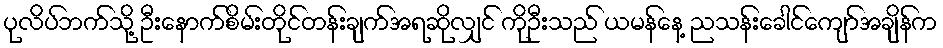
ပုလိပ်ဘက်သို့ ဦးနောက်စိမ်းတိုင်တန်းချက်အရဆိုလျှင် ကိုဦးသည် ယမန်နေ့ ညသန်းခေါင်ကျော်အချိန်က